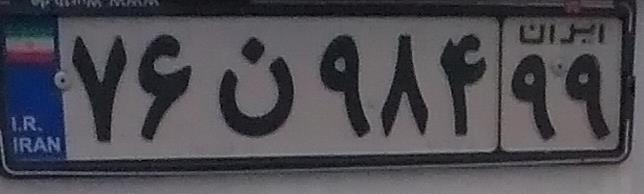
۷۶ن۹۸۴۹۹